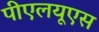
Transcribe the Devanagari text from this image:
पीएलयूएस